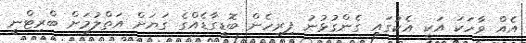
އެއް ވާހަކަ އަކީ އެކުގައި ގެންގުޅުނު ފިރިހެން ބޮޑީގާޑެއްގެ ގަޔަށް އަތްލުމަށް ބްރިޓްނީ